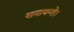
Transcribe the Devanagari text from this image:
ख्यायन्ते।